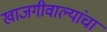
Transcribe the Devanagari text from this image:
खाजगीवाल्यांचा